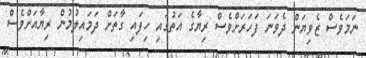
ނަމަވެސް ޒެވިޔަން ދެވަނަ ފަހަރަށްވެސް ރިޔާގެ އަތުގައި ހިފައި ގާތަށް ދަމައިލުމުން ރިޔާއަށްވެސް